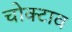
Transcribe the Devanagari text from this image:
चोक्टाव